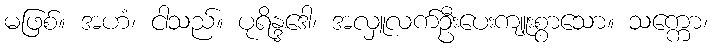
မဖြစ်။ အဟံ၊ ငါသည်။ ပုရိန္ဒဒေါ၊ အလှူလက်ဦးပေးကျူးစွာသော။ သက္ကော၊